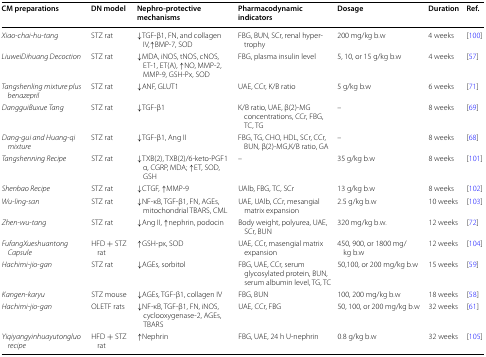
<table><thead><tr><td><b>CM preparations</b></td><td><b>DN model</b></td><td><b>Nephro-protective mechanisms</b></td><td><b>Pharmacodynamic indicators</b></td><td><b>Dosage</b></td><td><b>Duration</b></td><td><b>Ref.</b></td></tr></thead><tbody><tr><td><i>Xiao</i>-<i>chai</i>-<i>hu</i>-<i>tang</i></td><td>STZ rat</td><td>↓TGF-β1, FN, and collagen IV,↑BMP-7, SOD</td><td>FBG, BUN, SCr, renal hypertrophy</td><td>200 mg/kg b.w</td><td>4 weeks</td><td>[100]</td></tr><tr><td><i>LiuweiDihuang Decoction</i></td><td>STZ rat</td><td>↓MDA, iNOS, tNOS, cNOS, ET-1, ET(A), ↑NO, MMP-2, MMP-9, GSH-Px, SOD</td><td>FBG, plasma insulin level</td><td>5, 10, or 15 g/kg b.w</td><td>4 weeks</td><td>[57]</td></tr><tr><td><i>Tangshenling mixture plus benazepril</i></td><td>STZ rat</td><td>↓ANF, GLUT1</td><td>UAE, CCr, K/B ratio</td><td>5 g/kg b.w</td><td>6 weeks</td><td>[71]</td></tr><tr><td><i>DangguiBuxue Tang</i></td><td>STZ rat</td><td>↓TGF-β1</td><td>K/B ratio, UAE, β(2)-MG concentrations, CCr, FBG, TC, TG</td><td>–</td><td>8 weeks</td><td>[69]</td></tr><tr><td><i>Dang</i>-<i>gui and Huang</i>-<i>qi mixture</i></td><td>STZ rat</td><td>↓TGF-β1, Ang II</td><td>FBG, TG, CHO, HDL, SCr, CCr, BUN, β(2)-MG,K/B ratio, GA</td><td>–</td><td>8 weeks</td><td>[68]</td></tr><tr><td><i>Tangshenning Recipe</i></td><td>STZ rat</td><td>↓TXB(2), TXB(2)/6-keto-PGF1 α, CGRP, MDA; ↑ET, SOD, GSH</td><td>–</td><td>35 g/kg b.w</td><td>8 weeks</td><td>[101]</td></tr><tr><td><i>Shenbao Recipe</i></td><td>STZ rat</td><td>↓CTGF, ↑MMP-9</td><td>UAlb, FBG, TC, SCr</td><td>13 g/kg b.w</td><td>8 weeks</td><td>[102]</td></tr><tr><td><i>Wu</i>-<i>ling</i>-<i>san</i></td><td>STZ rat</td><td>↓NF-κB, TGF-β1, FN, AGEs, mitochondrial TBARS, CML</td><td>UAE, UAlb, CCr, mesangial matrix expansion</td><td>2.5 g/kg b.w</td><td>10 weeks</td><td>[103]</td></tr><tr><td><i>Zhen</i>-<i>wu</i>-<i>tang</i></td><td>STZ rat</td><td>↓Ang II, ↑nephrin, podocin</td><td>Body weight, polyurea, UAE, SCr, BUN</td><td>320 mg/kg b.w.</td><td>12 weeks</td><td>[72]</td></tr><tr><td><i>FufangXueshuantong Capsule</i></td><td>HFD + STZ rat</td><td>↑GSH-px, SOD</td><td>UAE, CCr, masengial matrix expansion</td><td>450, 900, or 1800 mg/kg b.w</td><td>12 weeks</td><td>[104]</td></tr><tr><td><i>Hachimi</i>-<i>jio</i>-<i>gan</i></td><td>STZ rat</td><td>↓AGEs, sorbitol</td><td>FBG, UAE, CCr, serum glycosylated protein, BUN, serum albumin level, TG, TC</td><td>50,100, or 200 mg/kg b.w</td><td>15 weeks</td><td>[59]</td></tr><tr><td><i>Kangen</i>-<i>karyu</i></td><td>STZ mouse</td><td>↓AGEs, TGF-β1, collagen IV</td><td>FBG, BUN</td><td>100, 200 mg/kg b.w</td><td>18 weeks</td><td>[58]</td></tr><tr><td><i>Hachimi</i>-<i>jio</i>-<i>gan</i></td><td>OLETF rats</td><td>↓NF-κB, TGF-β1, FN, iNOS, cyclooxygenase-2, AGEs, TBARS</td><td>UAE, CCr, FBG</td><td>50, 100, or 200 mg/kg b.w</td><td>32 weeks</td><td>[61]</td></tr><tr><td><i>Yiqiyangyinhuayutongluo recipe</i></td><td>HFD + STZ rat</td><td>↑Nephrin</td><td>FBG, UAE, 24 h U-nephrin</td><td>0.8 g/kg b.w</td><td>32 weeks</td><td>[105]</td></tr></tbody></table>